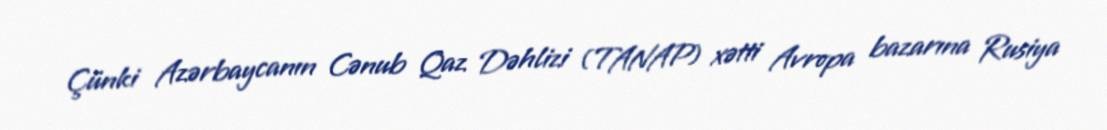
Çünki Azərbaycanın Cənub Qaz Dəhlizi (TANAP) xətti Avropa bazarına Rusiya